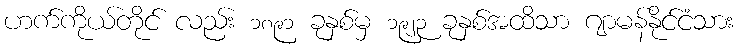
ဟက်ကိုယ်တိုင် လည်း ၁၈၉၁ ခုနှစ်မှ ၁၉၂၃ ခုနှစ်အထိသာ ဂျာမန်နိုင်ငံသား